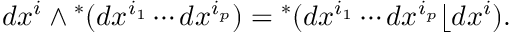
d x ^ { i } \wedge { } ^ { * } ( d x ^ { i _ { 1 } } \cdots d x ^ { i _ { p } } ) = { } ^ { * } ( d x ^ { i _ { 1 } } \cdots d x ^ { i _ { p } } \lfloor d x ^ { i } ) .